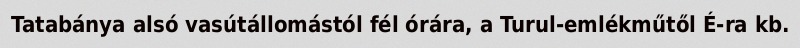
Tatabánya alsó vasútállomástól fél órára, a Turul-emlékműtől É-ra kb.